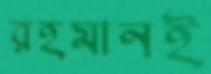
রহমানই